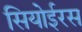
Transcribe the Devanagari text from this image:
सियोईरस